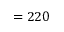
= 2 2 0